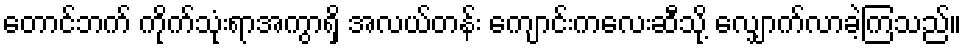
တောင်ဘက် ကိုက်သုံးရာအကွာရှိ အလယ်တန်း ကျောင်းကလေးဆီသို့ လျှောက်လာခဲ့ကြသည်။